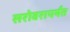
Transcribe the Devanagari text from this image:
सरोवरापर्यंत